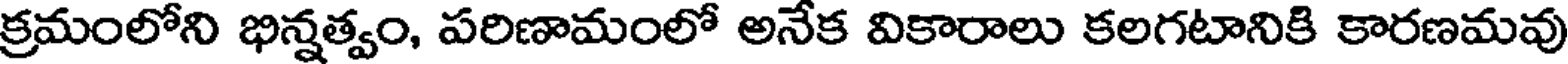
క్రమంలోని భిన్నత్వం, పరిణామంలో అనేక వికారాలు కలగటానికి కారణమవు